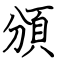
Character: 頒